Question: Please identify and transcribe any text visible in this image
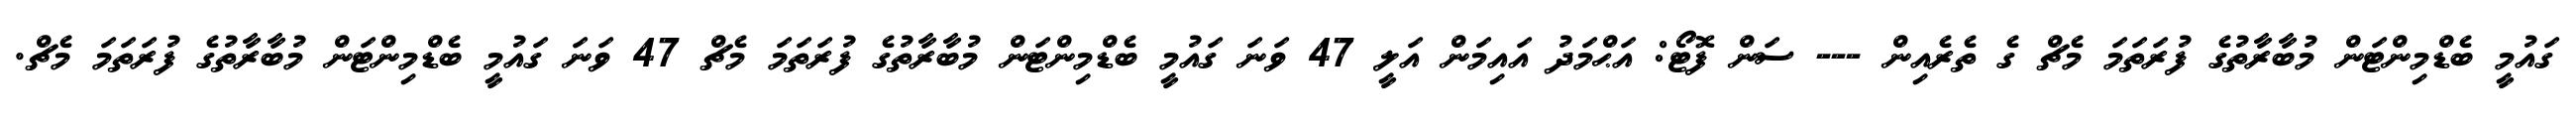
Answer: ގައުމީ ބެޑްމިންޓަން މުބާރާތުގެ ފުރަތަމަ މެޗް ގެ ތެރެއިން --- ސަން ފޮޓޯ: އަޙްމަދު އައިމަން އަލީ 47 ވަނަ ގައުމީ ބެޑްމިންޓަން މުބާރާތުގެ ފުރަތަމަ މެޗް 47 ވަނަ ގައުމީ ބެޑްމިންޓަން މުބާރާތުގެ ފުރަތަމަ މެޗް.